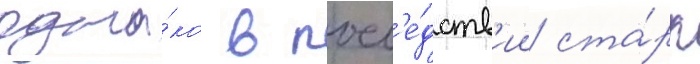
одна́ко в посл'е́дств'ии ста́рк